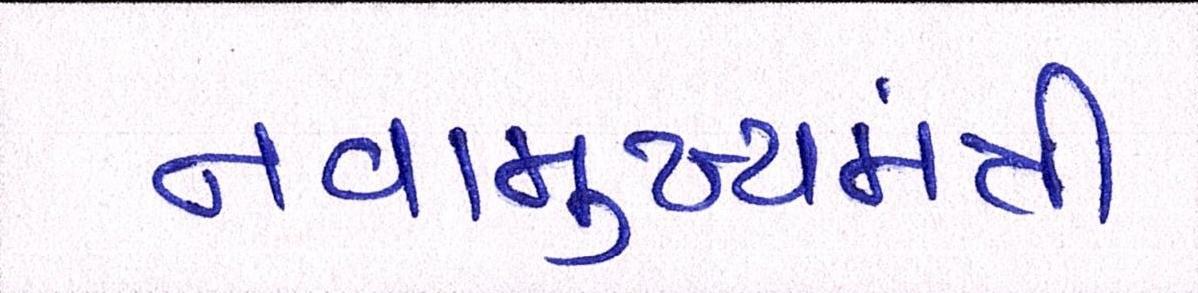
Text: નવામુખ્યમંત્રી